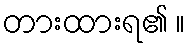
တားထားရ၏ ။